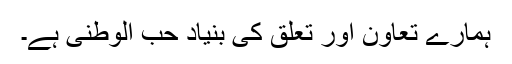
ہمارے تعاون اور تعلق کی بنیاد حب الوطنی ہے۔